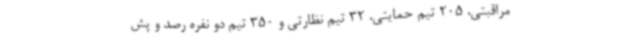
مراقبتی، 205 تیم حمایتی، 32 تیم نظارتی و 350 تیم دو نفره رصد و پش